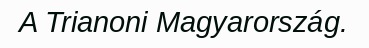
A Trianoni Magyarország.